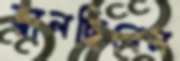
জ্বালছিলেন